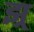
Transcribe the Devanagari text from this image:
झ्र्